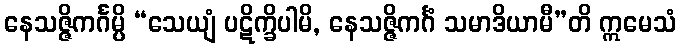
နေသဇ္ဇိကင်္ဂမ္ပိ “သေယျံ ပဋိက္ခိပါမိ, နေသဇ္ဇိကင်္ဂံ သမာဒိယာမီ”တိ ဣမေသံ